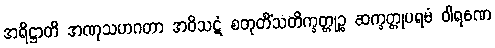
အရိဋ္ဌာတိ အဏုသဟဂတာ အဝိသဋံ စတုတိံသတိက္ခတ္တုဉ္စ ဆက္ခတ္တုပရမံ ဝါရဏေ